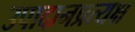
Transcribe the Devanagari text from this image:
उपादानप्रत्यक्ष